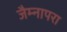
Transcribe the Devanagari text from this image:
जैम्नापरा